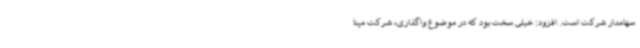
سهامدار شرکت است. افزود: خیلی سخت بود که در موضوع واگذاری، شرکت مپنا